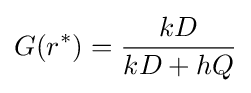
G(r^{*})={\frac {kD}{kD+hQ}}